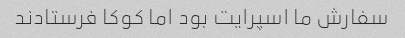
سفارش ما اسپرایت بود اما کوکا فرستادند